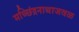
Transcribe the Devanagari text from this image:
मच्छिंद्रनाथाजवळ